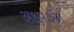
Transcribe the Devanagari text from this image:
अक्षरअंत